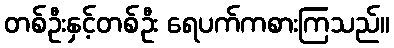
တစ်ဦးနှင့်တစ်ဦး ရေပက်ကစားကြသည်။